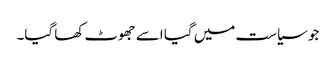
جو سیاست میں گیا اسے جھوٹ کھا گیا۔